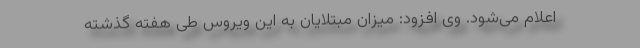
اعلام می‌شود. وی افزود: میزان مبتلایان به این ویروس طی هفته گذشته